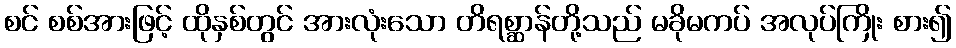
စင် စစ်အားဖြင့် ထိုနှစ်တွင် အားလုံးသော တိရစ္ဆာန်တို့သည် မခိုမကပ် အလုပ်ကြိုး စား၍